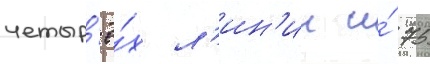
четыр'ё́х л'ин'ии и́ 75